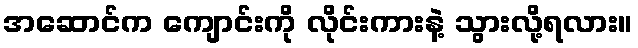
အဆောင်က ကျောင်းကို လိုင်းကားနဲ့ သွားလို့ရလား။